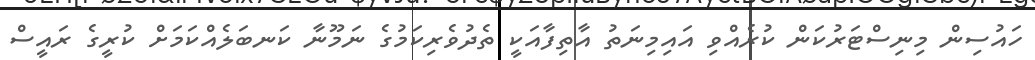
ހައުސިން މިނިސްޓަރުކަން ކުރެއްވި އައިމިނަތު އާތިފާއަކީ ތެދުވެރިކަމުގެ ނަމޫނާ ކަނބަލެއްކަމަށް ކުރީގެ ރައީސް